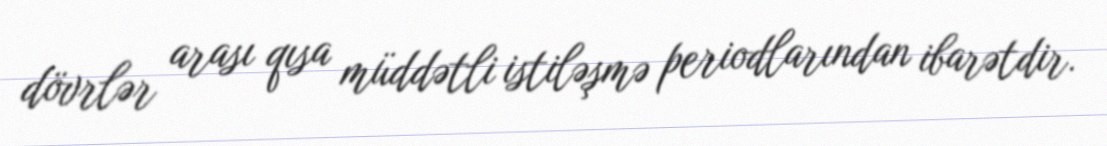
dövrlər arası qısa müddətli istiləşmə periodlarından ibarətdir.